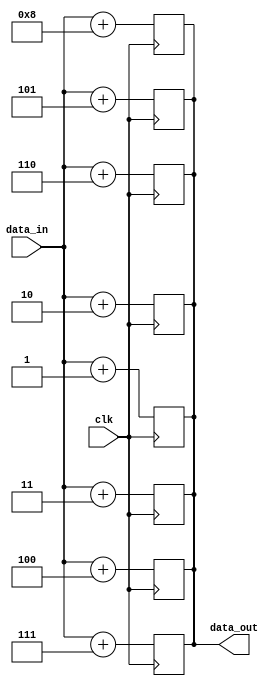
module generate_for_each_example (
  input wire clk,
  input wire [7:0] data_in,
  output reg [7:0] data_out
);

genvar i;
generate
  for (i = 0; i < 8; i = i + 1) begin : gen_loop
    always @(posedge clk) begin
      case (i)
        0: data_out = data_in + 1;
        1: data_out = data_in + 2;
        2: data_out = data_in + 3;
        3: data_out = data_in + 4;
        4: data_out = data_in + 5;
        5: data_out = data_in + 6;
        6: data_out = data_in + 7;
        7: data_out = data_in + 8;
      endcase
    end
  end
endgenerate

endmodule